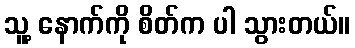
သူ့ နောက်ကို စိတ်က ပါ သွားတယ်။